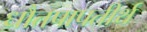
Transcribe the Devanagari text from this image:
धौतपापतीर्थ